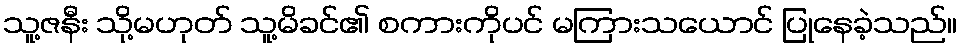
သူ့ဇနီး သို့မဟုတ် သူ့မိခင်၏ စကားကိုပင် မကြားသယောင် ပြုနေခဲ့သည်။